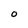
Character: O